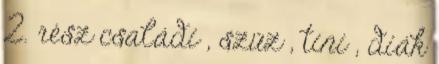
2. rész családi , szűz , tini , diák